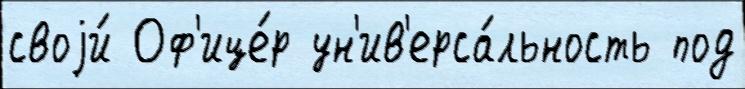
своjи́ Оф'ице́р ун'ив'ерса́льность под